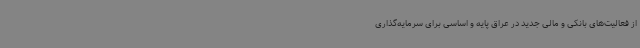
از فعالیت‌های بانکی و مالی جدید در عراق پایه و اساسی برای سرمایه‌گذاری